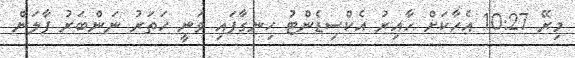
މިރޭ 10:27 އެހާކަށް ހާއިރު އެކްސިޑެންޓު ހިނގާފައި ވަނީ ހަތަރު ނަންބަރު ފާލަން